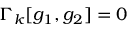
\Gamma _ { k } [ g _ { 1 } , g _ { 2 } ] = 0